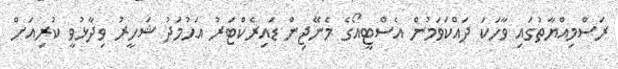
ރަސްމިއްޔާތުގައި ވާހަކަ ދައްކަވަމުން އެސްޓީއޯގެ މެނޭޖިން ޑައިރެކްޓަރު އަޙުމަދު ޝަހީރު ވިދާޅުވީ ކުރިއަށް